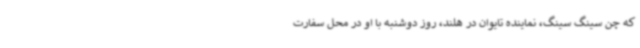
که چن سینگ سینگ، نماینده تایوان در هلند، روز دوشنبه با او در محل سفارت